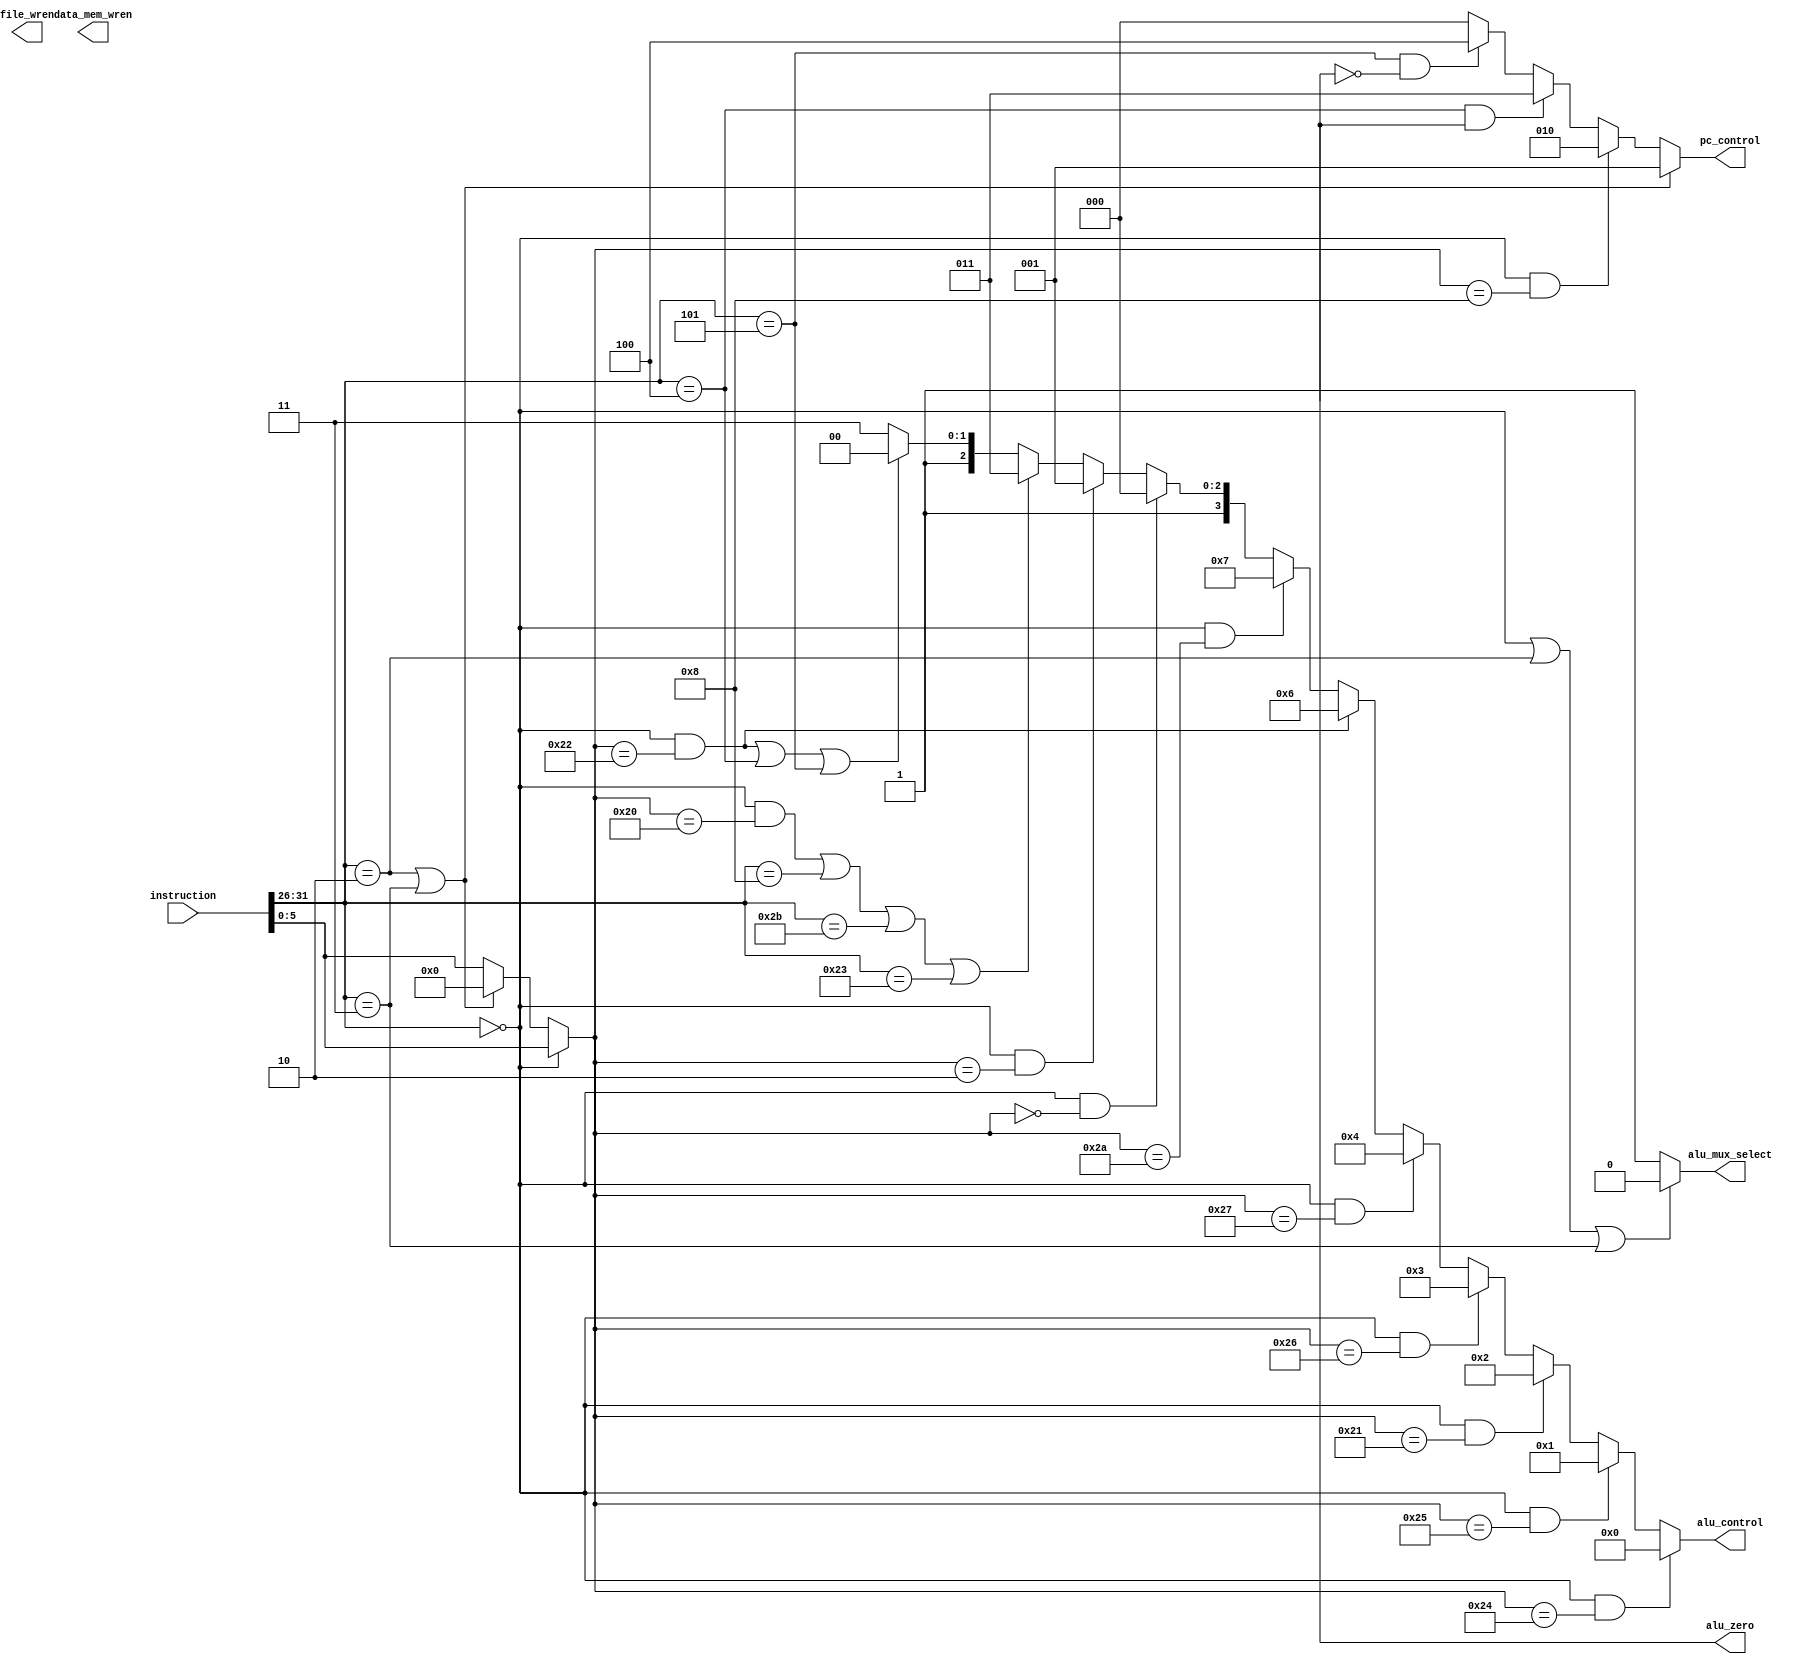
`timescale 1ns / 1ps
//////////////////////////////////////////////////////////////////////////////////
// Company: 
// Engineer: 
// 
// Design Name: 
// Module Name: control_unit
// Project Name: 
// Target Devices: 
// Tool Versions: 
// Description: 
// 
// Dependencies: 
// 
// Revision:
// Revision 0.01 - File Created
// Additional Comments:
// 
//////////////////////////////////////////////////////////////////////////////////



module control_unit(
  instruction,
	data_mem_wren, 
        alu_mux_select,
	alu_control,
	alu_zero,
	file_wren,
	pc_control
  );
  
// INPUT PORT TO THE CONTROL UNIT.

// This is the 32 bit instructions that will be sent to the control unit for interpretation. 
input [31:0] instruction;

 // OUTPUT PORT OF THE CONTROL UNIT 
 
  // Will be sent to the data memory for write enable access. It is a 4 bit wire since the design involves using 4 RAM blocks
  output reg [3:0] data_mem_wren;  
  // Enables write action on the register file                               
  output reg file_wren;
  //output reg_file_dmux_select;
	//output reg_file_rmux_select;
	// This is the wire to select the ALU if it is being called in the instruction. 
  output reg alu_mux_select;
	output reg [3:0] alu_control;
  // PC has 4 functions which necessiates the usage of a 3 bit addressing scheme.
	output reg [2:0] pc_control;
	output alu_zero;
  
  // Setting the names of the instruction field as follows;
  
  reg [4:0] rs;
  reg [4:0] rt;
  reg [4:0] rd;
  reg [4:0] shamt;
  reg [5:0] funct;
  //reg [2:0] type;
  reg [25:0] address;
  reg [15:0] immediate;
  //6 bit opcode
  wire [5:0] op;
  
  // Demarcating the instruction set
  
  // This design makes sure that the the last 6 bits of an instruction are the opcode. So assigning the last 6 bits of an 
  // instruction as the opcode.
  
  assign op = instruction[31:26];
  
  always @(instruction)
	begin
  
 // R Format instruction. We are assigning it a opcode of 000000 for the decoder to understand that it is a R format instruction 
  if (op == 6'b000000) begin
			address		= 26'b00000000000000000000000000; // Since there is no address to go to 
			immediate	= 16'b0000000000000000; 
			rs			= instruction[25:21];
			rt			= instruction[20:16];
			rd			= instruction[15:11];
			shamt		= instruction[10:6];
			//type		= 3'b001;
			funct		= instruction[5:0];
		end
    //  J Format instruction. We are assigning it an opcode of 000010 for the decoder to understand that it is a J format instruction
		else if (op == 6'b000010 || op == 6'b000011) begin 
			address		= instruction[25:0]; // Jumping to the address that is given. 
			immediate	= 16'b0000000000000000;
			rs			= 5'b00000;
			rt			= 5'b00000;
			rd			= 5'b00000;
			shamt		= 5'b00000;
			//type		= 3'b100;
			funct		= 6'b000000; 
		end
    // I format instruction. This is used for an immediate addition wherein the immediate part will be sign extended to 32 bits for proper operation. 
    else begin 
			address		= 26'b00000000000000000000000000;
			immediate	= instruction[15:0];
			rs			= instruction[25:21];
			rt			= instruction[20:16];
			rd			= 5'b00000;
			shamt		= instruction[10:6];
			//type		= 3'b010;
			funct		= instruction[5:0];
		end
		
		
     
// ALU MUX SELECT
		
 // ALU needs to be selected for R-Format and I-Format instructions so ALU_MUX_SELECT gets set to 1 and and gets set to 0 for  
 // J-Format instructions.


      if (!(op == 6'h0 || op == 6'b000010 || op == 6'b000011)) begin // J format
      alu_mux_select = 1;
      end 
      else begin // R or I format
      alu_mux_select = 0;
      end

// ALU CONTROL UNIT 
		
// ALU format is synchronized with the control unit wherein the alu_control specifies the type of the operaation that the ALU
// will perform given the signal it receives from the control unit.
		
// Op code specifies the type of instruction that will be performed, and funct is an additional 6 bit instruction to tell the 
// computer about the type of instruction that has to be performed by the ALU. The funct bits have been allotted in an 
// arbitrary manner.

                if (op == 6'h0 && funct == 6'h24) begin // AND
			alu_control = 4'b0000;
		end else if (op == 6'h0 && funct == 6'h25) begin // OR
			alu_control = 4'b0001;
		end else if (op == 6'h0 && funct == 6'h21) begin // ADD - unsigned
			alu_control = 4'b0010; 
		end else if (op == 6'h0 && funct == 6'h26) begin // XOR
			alu_control = 4'b0011;
		end else if (op == 6'h0 && funct == 6'h27) begin // NOR
			alu_control = 4'b0100;
		end else if (op == 6'h0 && funct == 6'h22) begin // SUBTRACT - unsigned
			alu_control = 4'b0110;
		end else if (op == 6'h0 && funct == 6'h2A) begin // SLT
			alu_control = 4'b0111;
		end else if (op == 6'h0 && funct == 6'h0) begin // SLL
			alu_control = 4'b1000;
		end else if (op == 6'h0 && funct == 6'h2) begin // SRL
			alu_control = 4'b1001;
		end else if ((op == 6'h0 && funct == 6'h20) || op == 6'h8 || op == 6'h2B || op == 6'h23) begin  // ADD - signed
			alu_control = 4'b1011;
		end else if ((op == 6'h0 && funct == 6'h22) || op == 6'h4 || op == 6'h5) begin // SUB - signed - AND bne, beq
			alu_control = 4'b1100;
		end else begin
			alu_control = 4'b1111;
		end	
		
		
 // This is the control unit for the PC register, the 4 bit instructions specify the type of the function that the program 
 // counter will perform, these are and not limited to the following, for a J-ype instruction, fora normal increment,
 // gets incremented by 4 for next instruction, for a write enable to the registers.
		

            if (op == 6'h2 || op == 6'h3) begin // j, jal
	           pc_control = 3'b001;
	    end 
	else if (op == 6'h0 && funct == 6'h8) begin // jr
		pc_control = 3'b010;
	    end
	     
		else if (op == 6'h4 && alu_zero == 1)begin // beq
	         pc_control = 3'b011;
	         end
	    
		else if (op == 6'h5 && alu_zero == 0)begin  //bne
		   pc_control = 3'b100;
		   end
	    
		else begin // Default
		    pc_control = 3'b000;
		     end
		
		
	end
		
	endmodule